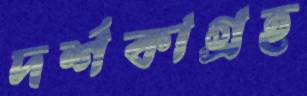
দর্শকাগ্রহ